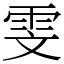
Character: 雯